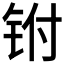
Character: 𰽮